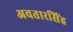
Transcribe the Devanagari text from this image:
अवतारसिंह